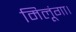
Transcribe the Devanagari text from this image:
मिलूंगा।